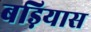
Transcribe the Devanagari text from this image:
बड़ियास